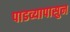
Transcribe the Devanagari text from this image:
पाडव्यापासुन